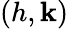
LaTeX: (h,\mathbf{k})